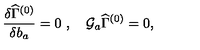
{ { \frac { \delta \widehat \Gamma ^ { ( 0 ) } } { \delta b _ { a } } } } = 0 \ , \quad { \cal G } _ { a } \widehat { \Gamma } ^ { ( 0 ) } = 0 ,